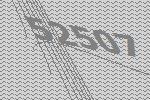
52507